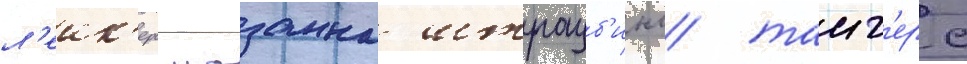
л'еик'ерс лозанна штрауб'инг таиг'ерс